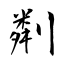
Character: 㔂